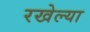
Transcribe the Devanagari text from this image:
रखेल्या